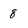
Character: 8